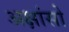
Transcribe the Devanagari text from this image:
अक्षांसो